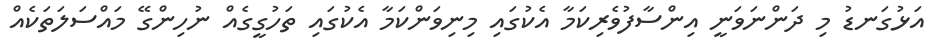
އަޅުގަނޑު މި ދަންނަވަނީ އިންސާފުވެރިކަމާ އެކުގައި މިނިވަންކަމާ އެކުގައި ތަހުގީގެއް ނުހިންގޭ މައްސަލަތަކެއް